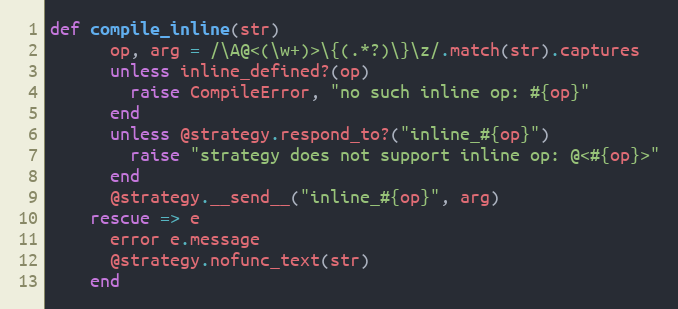
Language: Ruby
def compile_inline(str)
      op, arg = /\A@<(\w+)>\{(.*?)\}\z/.match(str).captures
      unless inline_defined?(op)
        raise CompileError, "no such inline op: #{op}"
      end
      unless @strategy.respond_to?("inline_#{op}")
        raise "strategy does not support inline op: @<#{op}>"
      end
      @strategy.__send__("inline_#{op}", arg)
    rescue => e
      error e.message
      @strategy.nofunc_text(str)
    end